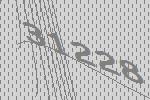
31228